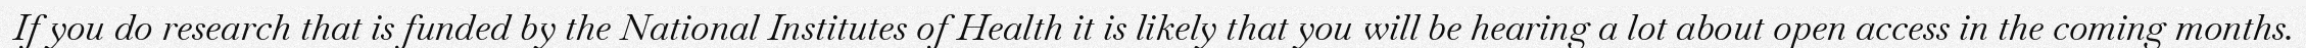
If you do research that is funded by the National Institutes of Health it is likely that you will be hearing a lot about open access in the coming months.